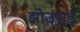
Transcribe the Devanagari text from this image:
झोउसुई